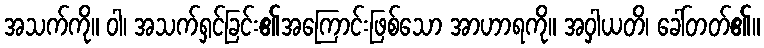
အသက်ကို။ ဝါ၊ အသက်ရှင်ခြင်း၏အကြောင်းဖြစ်သော အာဟာရကို။ အဝှါယတိ၊ ခေါ်တတ်၏။